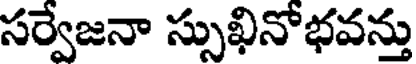
సర్వేజనా స్సుఖినోభవన్తు